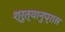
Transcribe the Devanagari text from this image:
श्रुत्यानुप्रास